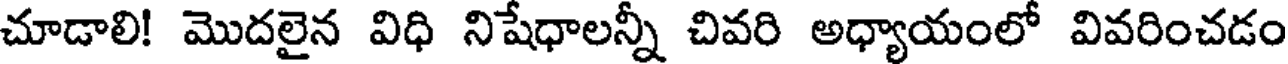
చూడాలి! మొదలైన విధి నిషేధాలన్నీ చివరి అధ్యాయంలో వివరించడం